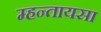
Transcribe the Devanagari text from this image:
म्हन्तायसा